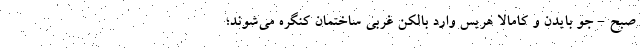
صبح - جو بایدن و کامالا هریس وارد بالکن غربی ساختمان کنگره می‌شوند؛